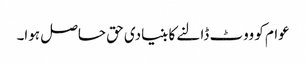
عوام کو ووٹ ڈالنے کا بنیادی حق حاصل ہوا۔